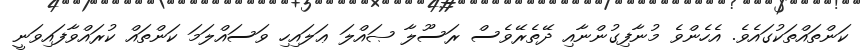
ކަންތައްތަކުގައެވެ. އެހެންވެ މުނާފިގުންނާއި ދޭތެރޭވެސް ރަސޫލާ ޞައްލަ ޢަލައިހި ވަސައްލަމަ ކަންތައް ކުރައްވާފައިވަނީ